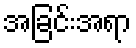
အခြင်းအရာ